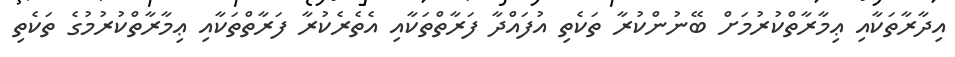
އިދާރާތަކާއި ޢިމާރާތްކުރުމަށް ބޭނުންކުރާ ތަކެތި އުފައްދާ ފަރާތްތަކާއި އެތެރެކުރާ ފަރާތްތަކާއި ޢިމާރާތްކުރުމުގެ ތަކެތި